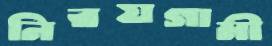
নিরয়গামী